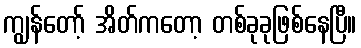
ကျွန်တော့် အိတ်ကတော့ တစ်ခုခုဖြစ်နေပြီ။